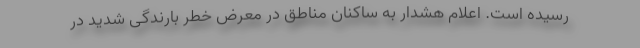
رسیده است. اعلام هشدار به ساکنان مناطق در معرض خطر بارندگی شدید در